Reports on military cantonments and civil stations in the Presidency of Bombay inspected by the Sanitary Commissioner in the years 1875 and 1876
Year: 1875
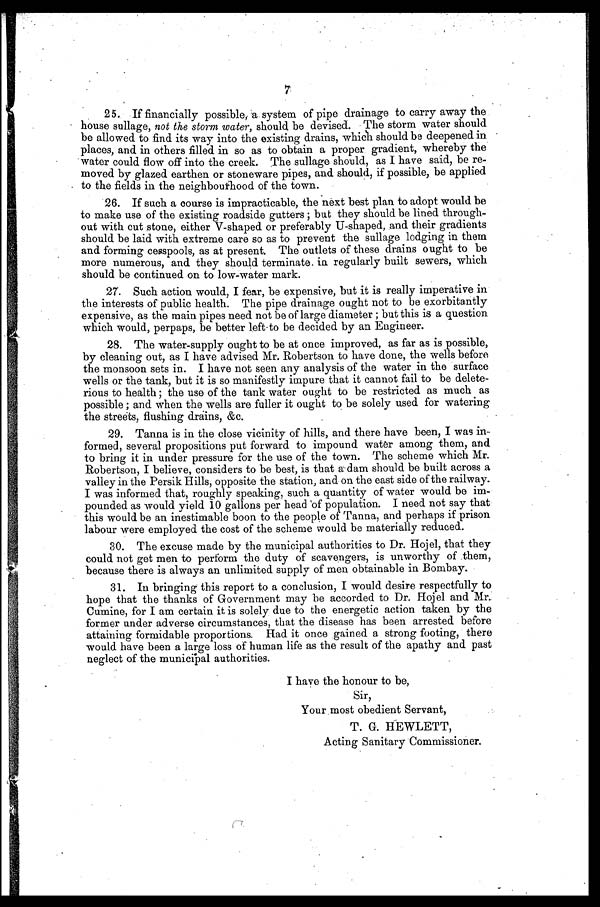
7
25. If financially possible, a system of pipe drainage to carry away the
house sullage, not the storm water, should be devised. The storm water should
be allowed to find its way into the existing drains, which should be deepened in
places, and in others filled in so as to obtain a proper gradient, whereby the
water could flow off into the creek. The sullage should, as I have said, be re
- m o v e d b y g l a z e d e a r t h e n o r s t o n e w a r e p i p e s , a n d . s h o u l d , i f p o s s i b l e , b e a p p l i e d
to the fields in the neighbourhood of the town.
26. If such a course is impracticable, the next best plan to adopt would be
to make use of the existing roadside gutters; but they should be lined through
-out with cut stone, either V-shaped or preferably U-shaped, and their gradients
should be laid with extreme care so as to prevent the sullage lodging in them
and forming cesspools, as at present. The outlets of these drains ought to be
more numerous, and they should terminate. in regularly built sewers, which
should be continued on to low-water mark.
27. Such action would, I fear, be expensive, but it is really imperative in
the interests of public health. The pipe drainage ought not to be exorbitantly
expensive, as the main pipes need not be of large diameter; but this is a question
which would, perpaps, be better left to be decided by an Engineer.
28. The water-supply ought to be at once improved, as far as is possible,
by cleaning out, as I have advised Mr. Robertson to have done, the wells before
the monsoon sets in. I have not seen any analysis of the water in the surface
wells or the tank, but it is so manifestly impure that it cannot fail to be delete
- r i o u s t o h e a l t h ; t h e u s e o f t h e t a n k w a t e r o u g h t t o b e r e s t r i c t e d a s m u c h a s
possible; and when the wells are fuller it ought to be solely used for watering
the streets, flushing drains, &c.
29. Tanna is in the close vicinity of hills, and there have been, I was in
- f o r m e d , s e v e r a l p r o p o s i t i o n s p u t f o r w a r d t o i m p o u n d w a t e r a m o n g t h e m , a n d
to bring it in under pressure for the use of the town. The scheme which Mr.
Robertson, I believe, considers to be best, is that a- dam should be built across a
valley in the Persik Hills, opposite the station, and on the east side of the railway.
I was informed that, roughly speaking, such a quantity of water would be im
- p o u n d e d a s w o u l d y i e l d 1 0 g a l l o n s p e r h e a d o f p o p u l a t i o n . I n e e d n o t s a y t h a t
this would be an inestimable boon to the people of Tanna, and perhaps if prison
labour were employed the cost of the scheme would be materially reduced.
30. The excuse made by the municipal authorities to Dr. Hojel, that they
could not get men to perform the duty of scavengers, is unworthy of them,
because there is always an unlimited supply of men obtainable in Bombay.
31. In bringing this report to a conclusion, I would desire respectfully to
hope that the thanks of Government may be accorded to Dr. Hojel and Mr..
Cumine, for I am certain it is solely due to the energetic action taken by the
former under adverse circumstances, that the disease has been arrested before
attaining formidable proportions. Had it once gained a strong footing, there
would have been a large loss of human life as the result of the apathy and past
neglect of the municipal authorities.
I have the honour to be,
Sir,
Your most obedient Servant,
T. G. HEWLETT,
Acting Sanitary Commissioner.